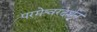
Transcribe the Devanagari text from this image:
परमेश्वरदर्शन